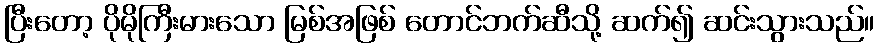
ပြီးတော့ ပိုမိုကြီးမားသော မြစ်အဖြစ် တောင်ဘက်ဆီသို့ ဆက်၍ ဆင်းသွားသည်။